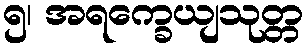
၅၊ အရက္ခေယျသုတ္တ